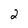
Character: 2